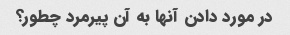
در مورد دادن آنها به آن پیرمرد چطور؟